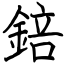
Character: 錇